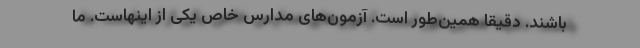
باشند. دقیقاً همین‌طور است. آزمون‌های مدارس خاص یکی از اینهاست. ما